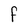
Character: F